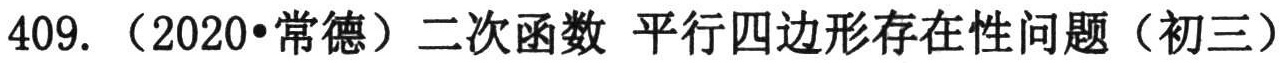
409. （2020•常德）二次函数 平行四边形存在性问题（初三）